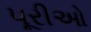
પૂરીઓ